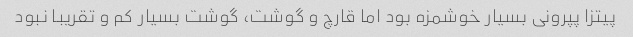
پیتزا پپرونی بسیار خوشمزه بود اما قارچ و گوشت، گوشت بسیار کم و تقریبا نبود